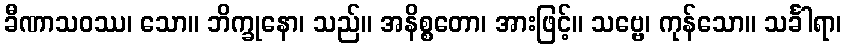
ခီဏာသဝဿ၊ သော။ ဘိက္ခုနော၊ သည်။ အနိစ္စတော၊ အားဖြင့်။ သဗ္ဗေ၊ ကုန်သော။ သင်္ခါရာ၊